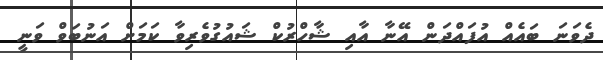
ދެވަނަ ބައެއް އުފައްދަން އޭނާ އާއި ޝާހްރުކް ޝައުގުވެރިވާ ކަމަށް އަނުބަވް ވަނީ